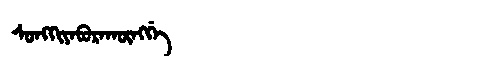
Manchu: ᠰᠣᠩᡴᡳᠶᠠᠪᡠᡵᠠᡴᡡᠩᡤᡝ
Romanization: SONGKIYABURAKŪNGGE